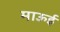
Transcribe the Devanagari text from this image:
माऊई